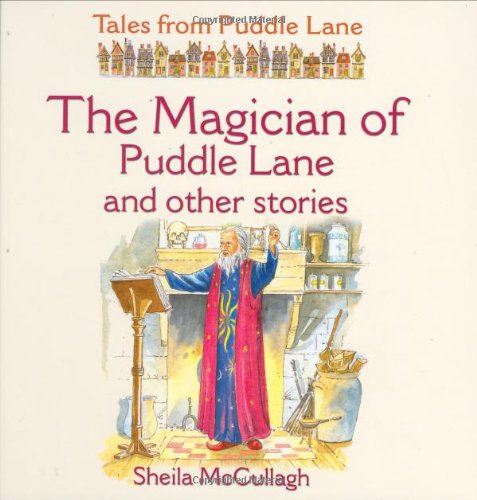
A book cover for The Magician of Puddle Lane and Other Stories (Tales from Puddle Lane); Sheila K. McCullagh; Science Fiction & Fantasy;